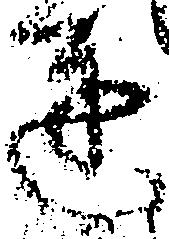
達